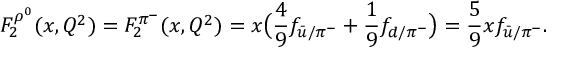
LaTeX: F _ { 2 } ^ { \rho ^ { 0 } } ( x , Q ^ { 2 } ) = F _ { 2 } ^ { \pi ^ { - } } ( x , Q ^ { 2 } ) = x \big ( { \frac { 4 } { 9 } } f _ { { \bar { u } } / \pi ^ { - } } + { \frac { 1 } { 9 } } f _ { d / \pi ^ { - } } \big ) = { \frac { 5 } { 9 } } x f _ { { \bar { u } } / \pi ^ { - } } .